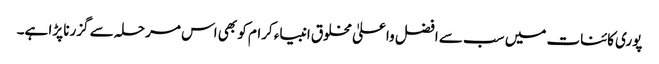
پوری کائنات میں سب سے افضل واعلیٰ مخلوق انبیاء کرام کو بھی اس مرحلہ سے گزرنا پڑا ہے۔